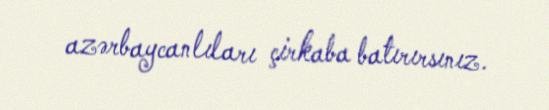
azərbaycanlıları çirkaba batırırsınız.